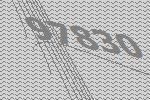
97830